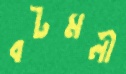
বটমলী